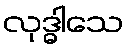
လုဒ္ဓါသေ